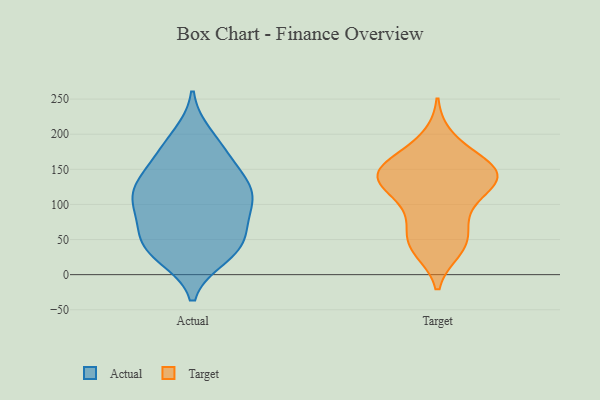
{"axis": {"x": "Conversion Rate (%)", "y": "Value"}, "legend": ["Actual", "Target"], "data": [{"x": "", "y": 131, "type": "Actual"}, {"x": "", "y": 109, "type": "Actual"}, {"x": "", "y": 137, "type": "Actual"}, {"x": "", "y": 113, "type": "Actual"}, {"x": "", "y": 168, "type": "Actual"}, {"x": "", "y": 109, "type": "Actual"}, {"x": "", "y": 32, "type": "Actual"}, {"x": "", "y": 88, "type": "Actual"}, {"x": "", "y": 26, "type": "Actual"}, {"x": "", "y": 66, "type": "Actual"}, {"x": "", "y": 63, "type": "Actual"}, {"x": "", "y": 157, "type": "Actual"}, {"x": "", "y": 47, "type": "Actual"}, {"x": "", "y": 101, "type": "Actual"}, {"x": "", "y": 185, "type": "Actual"}, {"x": "", "y": 198, "type": "Actual"}, {"x": "", "y": 41, "type": "Actual"}, {"x": "", "y": 121, "type": "Actual"}, {"x": "", "y": 34, "type": "Actual"}, {"x": "", "y": 138, "type": "Target"}, {"x": "", "y": 84, "type": "Target"}, {"x": "", "y": 43, "type": "Target"}, {"x": "", "y": 132, "type": "Target"}, {"x": "", "y": 48, "type": "Target"}, {"x": "", "y": 149, "type": "Target"}, {"x": "", "y": 149, "type": "Target"}, {"x": "", "y": 49, "type": "Target"}, {"x": "", "y": 146, "type": "Target"}, {"x": "", "y": 140, "type": "Target"}, {"x": "", "y": 172, "type": "Target"}, {"x": "", "y": 114, "type": "Target"}, {"x": "", "y": 94, "type": "Target"}, {"x": "", "y": 138, "type": "Target"}, {"x": "", "y": 37, "type": "Target"}, {"x": "", "y": 193, "type": "Target"}, {"x": "", "y": 144, "type": "Target"}]}